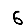
Digit: 6